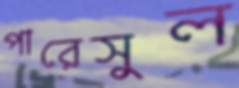
পারেসুল